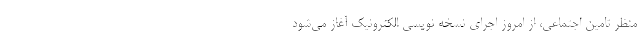
منظر تامین اجتماعی، از امروز اجرای نسخه نویسی الکترونیک آغاز می‌شود